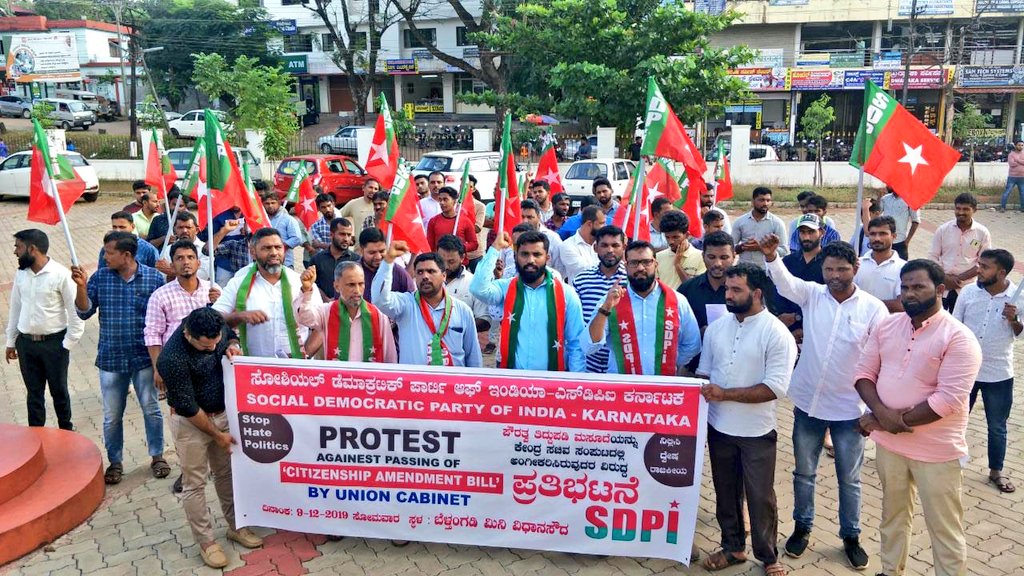
Language: kannada
Transcription: ಪ್ರತಿಭಟನೆ